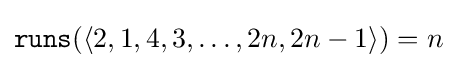
{\mathtt {runs}}(\langle 2,1,4,3,\dots ,2n,2n-1\rangle )=n